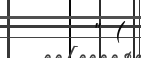
" (